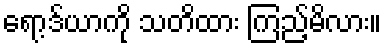
ရော့ဒ်ယာကို သတိထား ကြည့်မိလား။